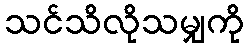
သင်သိလိုသမျှကို